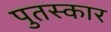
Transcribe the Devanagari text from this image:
पुतस्कार